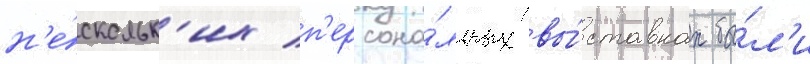
н'е́скольк'их п'ерсона́льных вы́ставках бы́л'и